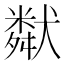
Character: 𤡩